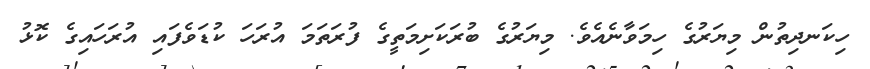
ހިކަނދިތުން މިޔަރުގެ ހިމަވާނެއެވެ. މިޔަރުގެ ބުރަކަށިމަތީގެ ފުރަތަމަ އުރަހަ ކުޑަވެފައި އުރަހައިގެ ކޮޅު